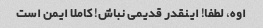
اوه، لطفا! اینقدر قدیمی نباش! کاملا ایمن است